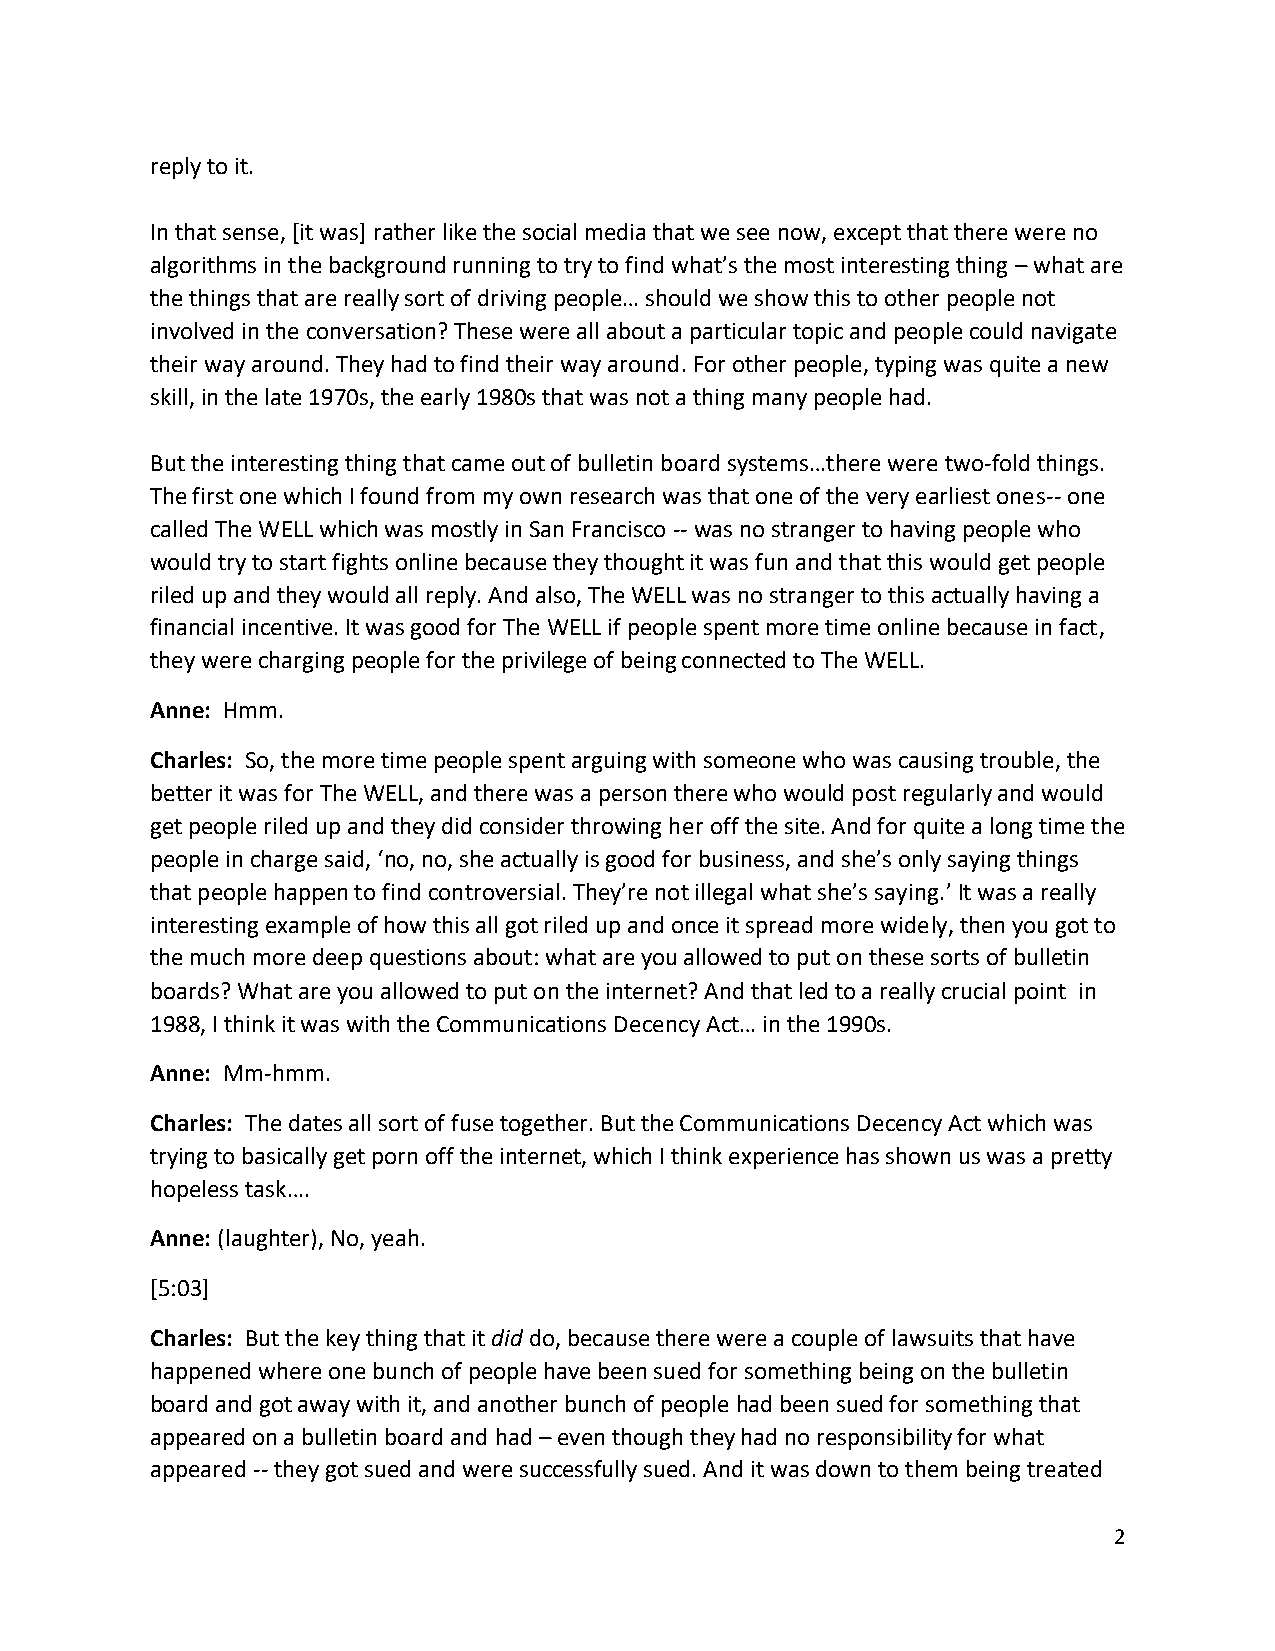
reply to it.
 In that sense, [it was] rather like the social media that we see now, except that there were no
 algorithms in the background running to try to find what’s the most interesting thing – what are
 the things that are really sort of driving people… should we show this to other people not
 involved in the conversation? These were all about a particular topic and people could navigate
 their way around. They had to find their way around. For other people, typing was quite a new
 skill, in the late 1970s, the early 1980s that was not a thing many people had.
 But the interesting thing that came out of bulletin board systems…there were two-fold things.
 The first one which I found from my own research was that one of the very earliest ones-- one
 called The WELL which was mostly in San Francisco -- was no stranger to having people who
 would try to start fights online because they thought it was fun and that this would get people
 riled up and they would all reply. And also, The WELL was no stranger to this actually having a
 financial incentive. It was good for The WELL if people spent more time online because in fact,
 they were charging people for the privilege of being connected to The WELL.
 Anne: Hmm.
 Charles: So, the more time people spent arguing with someone who was causing trouble, the
 better it was for The WELL, and there was a person there who would post regularly and would
 get people riled up and they did consider throwing her off the site. And for quite a long time the
 people in charge said, ‘no, no, she actually is good for business, and she’s only saying things
 that people happen to find controversial. They’re not illegal what she’s saying.’ It was a really
 interesting example of how this all got riled up and once it spread more widely, then you got to
 the much more deep questions about: what are you allowed to put on these sorts of bulletin
 boards? What are you allowed to put on the internet? And that led to a really crucial point in
 1988, I think it was with the Communications Decency Act… in the 1990s.
 Anne: Mm-hmm.
 Charles: The dates all sort of fuse together. But the Communications Decency Act which was
 trying to basically get porn off the internet, which I think experience has shown us was a pretty
 hopeless task….
 Anne: (laughter), No, yeah.
 [5:03]
 Charles: But the key thing that it did do, because there were a couple of lawsuits that have
 happened where one bunch of people have been sued for something being on the bulletin
 board and got away with it, and another bunch of people had been sued for something that
 appeared on a bulletin board and had – even though they had no responsibility for what
 appeared -- they got sued and were successfully sued. And it was down to them being treated
 2